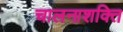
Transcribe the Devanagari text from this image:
चालनाशक्ति